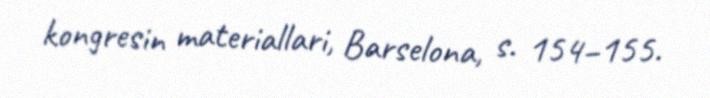
kongresin materiallari, Barselona, s. 154–155.